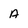
Character: a